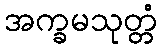
အက္ခမသုတ္တံ